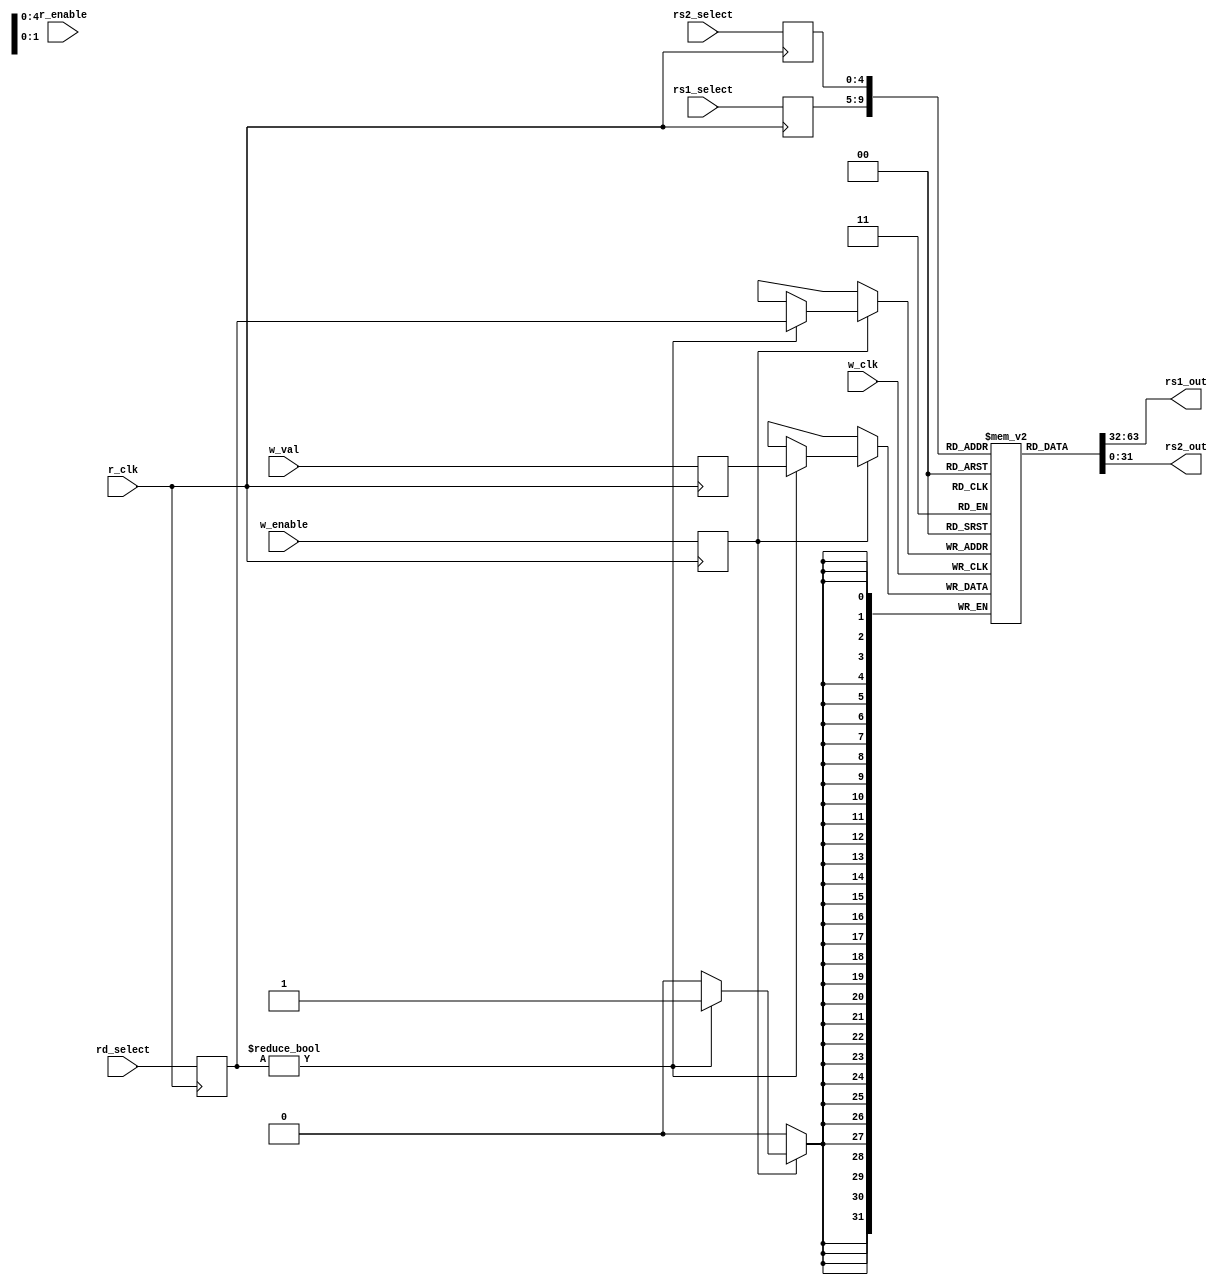
module regfile #(parameter WIDTH = 32)
                (input r_clk,
                /* verilator lint_off UNUSED */
                 input w_clk,
                /* verilator lint_off UNUSED */
                 input r_enable,
                 input w_enable,
                 input [4:0]rs1_select,
                 input [4:0]rs2_select,
                 input [4:0]rd_select,
                 input [WIDTH-1:0]w_val,
                 output [WIDTH-1:0]rs1_out,
                 output [WIDTH-1:0]rs2_out);
    
    
    //
    reg  [4:0] rs1_select_reg;
    reg  [4:0] rs2_select_reg;
    reg  [4:0] rd_select_reg;
    reg  [WIDTH-1:0] w_val_reg;
    /* verilator lint_off UNUSED */
    reg  r_enable_reg;
    /* verilator lint_off UNUSED */
    reg  w_enable_reg;
    
    reg [WIDTH-1:0] r_file [0:31];
    
    initial begin
        r_file[0] = 0;
    end
    
    //
    always @(posedge r_clk) begin
        rs1_select_reg <= rs1_select;
        rs2_select_reg <= rs2_select;
        rd_select_reg  <= rd_select;
        w_val_reg      <= w_val;
        r_enable_reg   <= r_enable;
        w_enable_reg   <= w_enable;
    end
    
    //
    always @(negedge w_clk) begin
        if (w_enable_reg)begin
            if (rd_select_reg != 5'd0)begin
                r_file[rd_select_reg] <= w_val_reg;
            end
        end
    end
    
    assign rs1_out = r_file[rs1_select_reg];
    assign rs2_out = r_file[rs2_select_reg];
endmodule